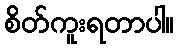
စိတ်ကူးရတာပါ။